Indian journal of veterinary science and animal husbandry - Volumes 15-17, 1948-1951
Year: 1948
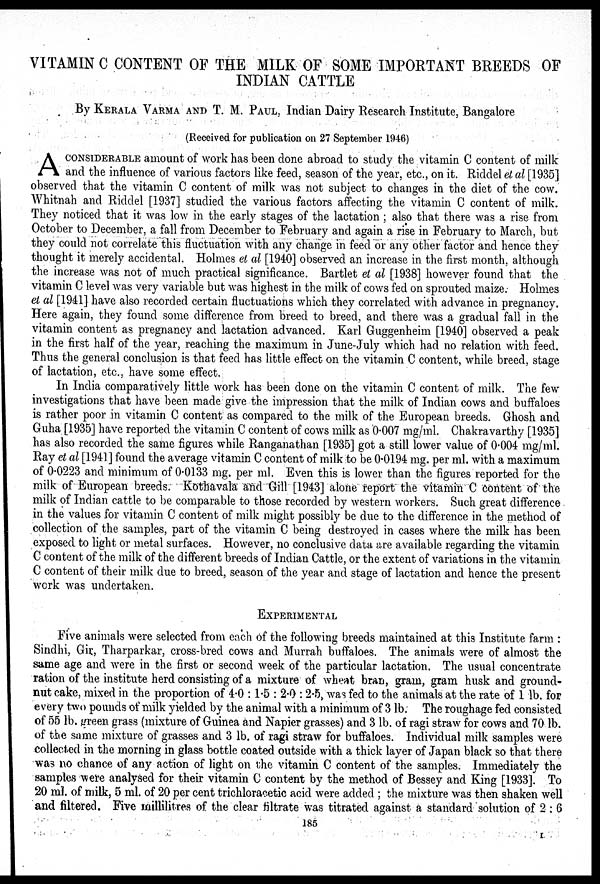
VITAMIN C CONTENT OF THE MILK OF SOME IMPORTANT BREEDS OF
INDIAN CATTLE
By KERALA VARMA AND T. M. PAUL, Indian Dairy Research Institute, Bangalore
(Received for publication on 27 September 1946)
A CONSIDERABLE of work has been done abroad to study the vitamin C content of milk
and the influence of various factors like feed, season of the year, etc., on it. Riddel et al [1935]
observed that the vitamin C content of milk was not subject to changes in the diet of the cow.
Whitnah and Riddel [1937] studied the various factors affecting the vitamin C content of milk.
They noticed that it was low in the early stages of the lactation; also that there was a rise from
October to December, a fall from December to February and again a rise in February to March, but
they could not correlate this fluctuation with any change in feed or any other factor and hence they
thought it merely accidental. Holmes et al [1940] observed an increase in the first month, although
the increase was not of much practical significance. Bartlet et al [1938] however found that the
vitamin C level was very variable but was highest in the milk of cows fed on sprouted maize. Holmes
et al [1941] have also recorded certain fluctuations which they correlated with advance in pregnancy.
Here again, they found some difference from breed to breed, and there was a gradual fall in the
vitamin content as pregnancy and lactation advanced. Karl Guggenheim [1940] observed a peak
in the first half of the year, reaching the maximum in June-July which had no relation with feed.
Thus the general conclusion is that feed has little effect on the vitamin C content, while breed, stage
of lactation, etc., have some effect.
In India comparatively little work has been done on the vitamin C content of milk. The few
investigations that have been made give the impression that the milk of Indian cows and buffaloes
is rather poor in vitamin C content as compared to the milk of the European breeds. Ghosh and
Guha [1935] have reported the vitamin C content of cows milk as 0.007 mg/ml. Chakravarthy [1935]
has also recorded the same figures while Ranganathan [1935] got a still lower value of 0.004 mg/ml.
Ray et al [1941] found the average vitamin C content of milk to be 0.0194 mg. per ml. with a maximum
of 0.0223 and minimum of 0.0133 mg. per ml. Even this is lower than the figures reported for the
milk of European breeds. Kothavala and Gill [1943] alone report the vitamin C content of the
milk of Indian cattle to be comparable to those recorded by western workers. Such great difference
in the values for vitamin C content of milk might possibly be due to the difference in the method of
collection of the samples, part of the vitamin C being destroyed in cases where the milk has been
exposed to light or metal surfaces. However, no conclusive data are available regarding the vitamin
C content of the milk of the different breeds of Indian Cattle, or the extent of variations in the vitamin
C content of their milk due to breed, season of the year and stage of lactation and hence the present
work was undertaken.
EXPERIMENTAL
Five animals were selected from each of the following breeds maintained at this Institute farm:
Sindhi, Gir, Tharparkar, cross-bred cows and Murrah buffaloes. The animals were of almost the
same age and were in the first or second week of the particular lactation. The usual concentrate
ration of the institute herd consisting of a mixture of wheat bran, gram, gram husk and ground-
nut cake, mixed in the proportion of 4.0:1.5:2.0:2.5, was fed to the animals at the rate of 1 lb. for
every two pounds of milk yielded by the animal with a minimum of 3 lb. The roughage fed consisted
of 55 lb. green grass (mixture of Guinea and Napier grasses) and 3 lb. of ragi straw for cows and 70 lb.
of the same mixture of grasses and 3 lb. of ragi straw for buffaloes. Individual milk samples were
collected in the morning in glass bottle coated outside with a thick layer of Japan black so that there
was no chance of any action of light on the vitamin C content of the samples. Immediately the
samples were analysed for their vitamin C content by the method of Bessey and King [1933]. To
20 ml. of milk, 5 ml. of 20 per cent trichloracetic acid were added; the mixture was then shaken well
and filtered. Five millilitres of the clear filtrate was titrated against a standard solution of 2:6
185
I